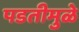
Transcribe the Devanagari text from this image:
पडतीमुळे